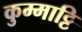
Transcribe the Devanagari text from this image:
कुम्माट्टि